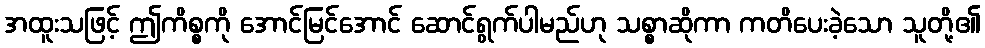
အထူးသဖြင့် ဤကိစ္စကို အောင်မြင်အောင် ဆောင်ရွက်ပါမည်ဟု သစ္စာဆိုကာ ကတိပေးခဲ့သော သူတို့၏